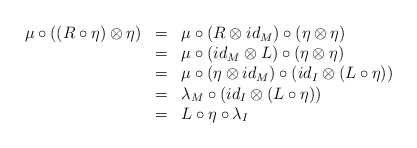
\begin{align*}\begin{array}{lll}\mu\circ ((R\circ\eta)\otimes\eta)&=&\mu\circ (R\otimes id_M)\circ (\eta\otimes\eta)\\&=&\mu\circ (id_M\otimes L)\circ(\eta\otimes \eta)\\&=&\mu\circ (\eta\otimes id_M)\circ (id_I\otimes (L\circ\eta))\\&=&\lambda_M\circ (id_I\otimes (L\circ \eta))\\&=&L\circ\eta\circ \lambda_I\end{array}\end{align*}